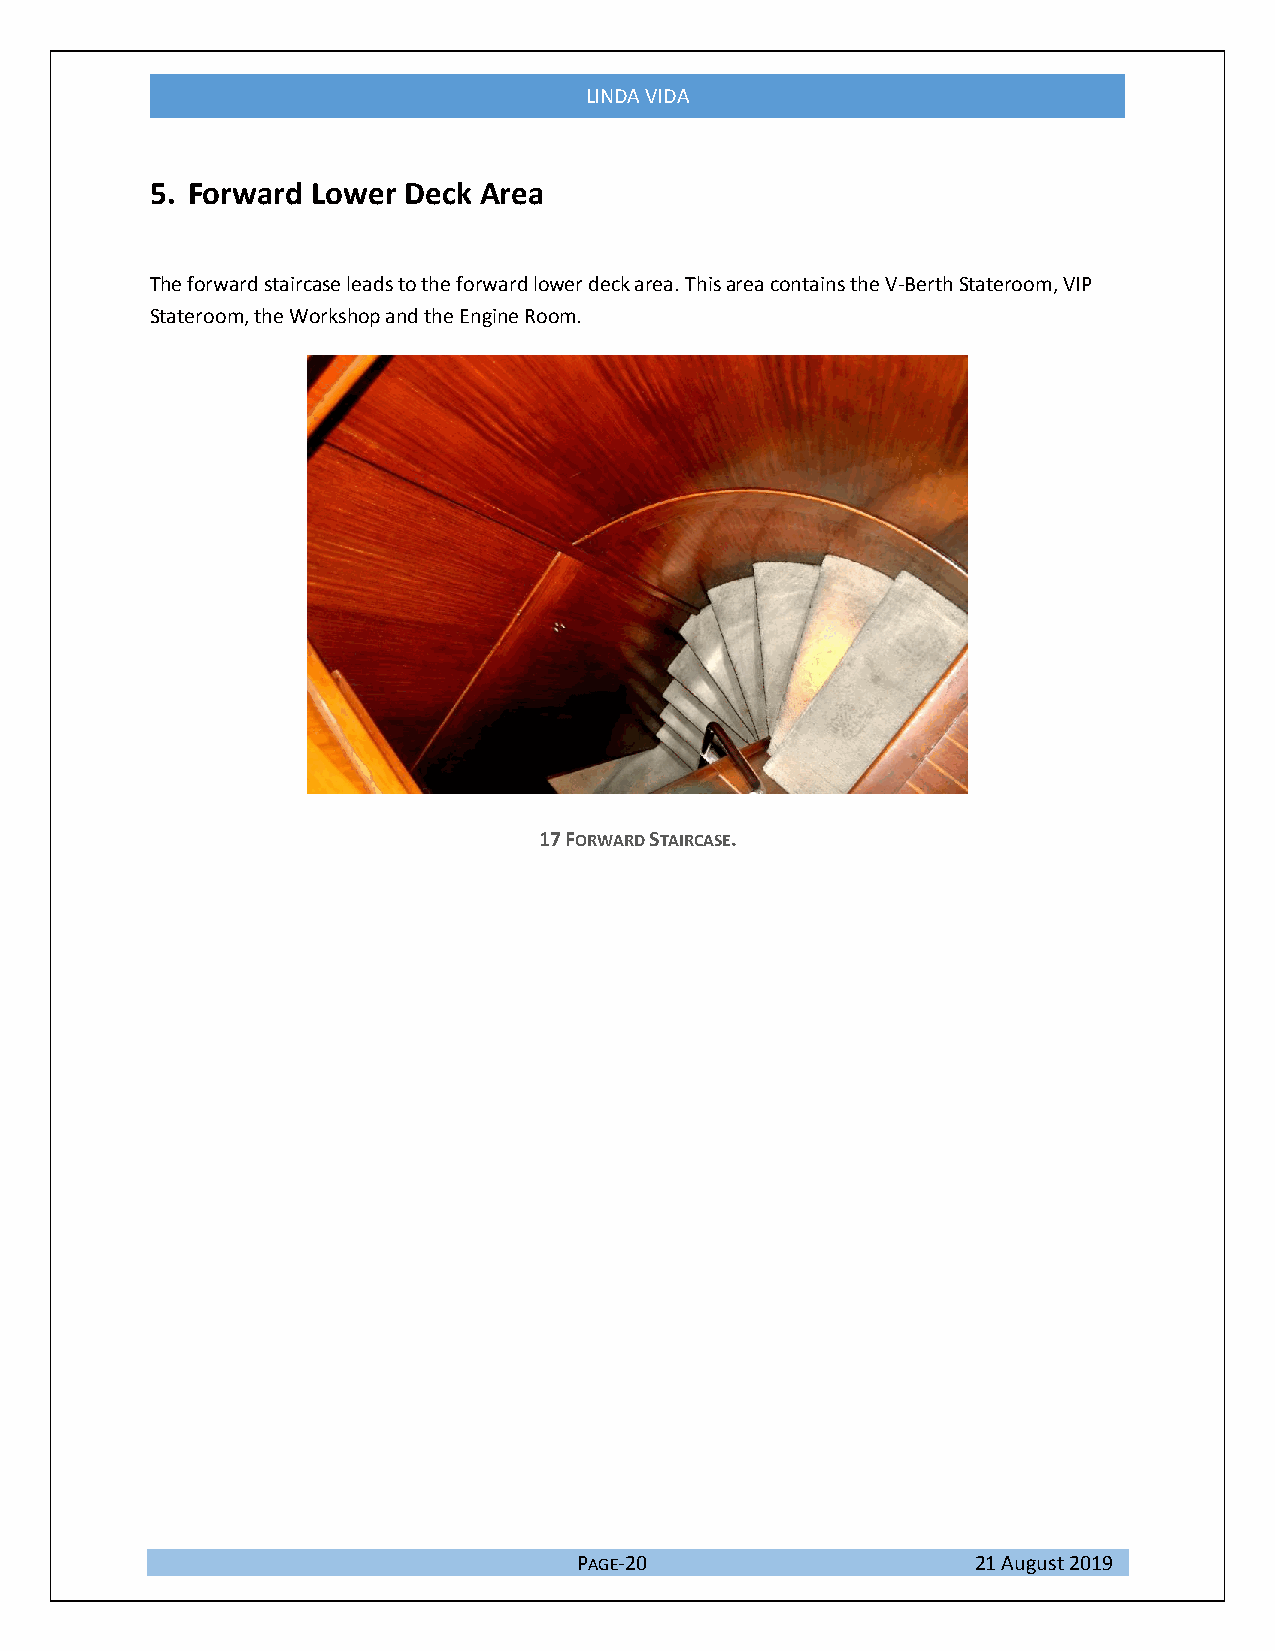
LINDA VIDA
 5. Forward Lower Deck Area
 The forward staircase leads to the forward lower deck area. This area contains the V-Berth Stateroom, VIP
 Stateroom, the Workshop and the Engine Room.
 17 FORWARD STAIRCASE.
 PAGE-20                    21 August 2019